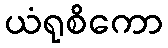
ယံရုစိကော